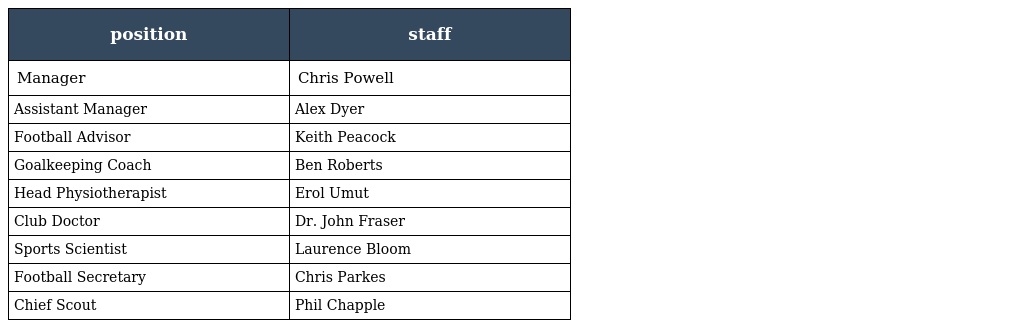
| position | staff |
 | --- | --- |
 | Manager | Chris Powell |
 | Assistant Manager | Alex Dyer |
 | Football Advisor | Keith Peacock |
 | Goalkeeping Coach | Ben Roberts |
 | Head Physiotherapist | Erol Umut |
 | Club Doctor | Dr. John Fraser |
 | Sports Scientist | Laurence Bloom |
 | Football Secretary | Chris Parkes |
 | Chief Scout | Phil Chapple |